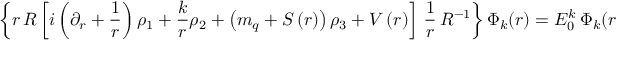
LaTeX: \left\{ { r \, R \left[ i \left( { \partial _ { r } + { \frac { 1 } { r } } } \right) \rho _ { 1 } + { \frac { k } { r } } \rho _ { 2 } + \left( { m _ { q } + S \left( r \right) } \right) \rho _ { 3 } + V \left( r \right) \right] \, { \frac { 1 } { r } } \, R ^ { - 1 } } \right\} \Phi _ { k } ( r ) = E _ { 0 } ^ { k } \, \Phi _ { k } ( r ) ,